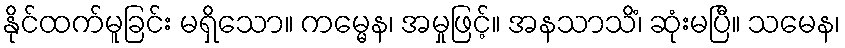
နိုင်ထက်မူခြင်း မရှိသော။ ကမ္မေန၊ အမှုဖြင့်။ အနသာသိံ၊ ဆုံးမပြီ။ သမေန၊